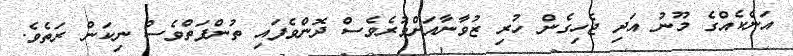
އަނެކެއްގެ މޫނު އަދި ޖެހިގެން ހުރި ޒުވާނާއަށްވުރެވެސް ދޮންވެފައި ތުންފަތްވެސް ނިކަން ރަތެވެ.